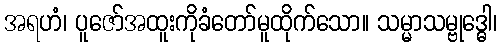
အရဟံ၊ ပူဇော်အထူးကိုခံတော်မူထိုက်သော။ သမ္မာသမ္ဗုဒ္ဓေါ၊